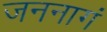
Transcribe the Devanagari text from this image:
जननागं